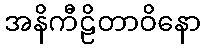
အနိကီဠိတာဝိနော